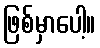
ဖြစ်မှာပေါ့။